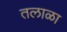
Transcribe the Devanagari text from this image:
तलाळा